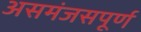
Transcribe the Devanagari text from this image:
असमंजसपूर्ण